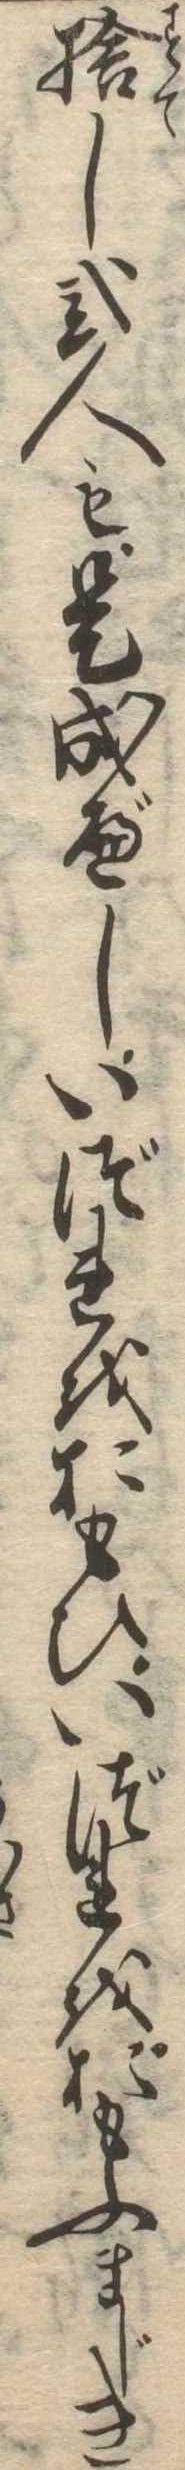
捨し弐人も是成べしいづれをおもひいづれをおもふまじき